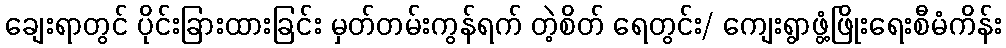
ချေးရာတွင် ပိုင်းခြားထားခြင်း မှတ်တမ်းကွန်ရက် တဲ့စိတ် ရေတွင်း/ ကျေးရွာဖွံ့ဖြိုးရေးစီမံကိန်း